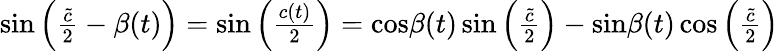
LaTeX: \begin{array}{r}{\mathrm{sin}\left({\frac{\tilde{c}}{2}}-\beta(t)\right)=\mathrm{sin}\left({\frac{c(t)}{2}}\right)=\mathrm{cos}\beta(t)\, \mathrm{sin}\left({\frac{\tilde{c}}{2}}\right)-\mathrm{sin}\beta(t)\, \mathrm{cos}\left({\frac{\tilde{c}}{2}}\right)}\end{array}